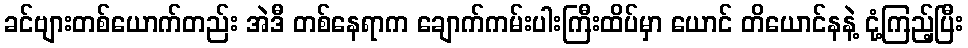
ခင်ဗျားတစ်ယောက်တည်း အဲဒီ တစ်နေရာက ချောက်ကမ်းပါးကြီးထိပ်မှာ ယောင် တိယောင်နနဲ့ ငုံ့ကြည့်ပြီး